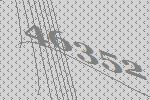
46352